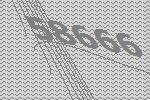
58666